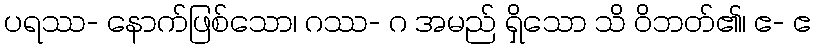
ပရဿ- နောက်ဖြစ်သော၊ ဂဿ- ဂ အမည် ရှိသော သိ ဝိဘတ်၏၊ ဧ- ဧ